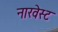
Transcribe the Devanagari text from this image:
नारवेस्ट